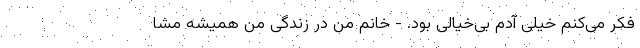
فکر می‌کنم خیلی آدم بی‌خیالی بود. - خانم من در زندگی من همیشه مشا